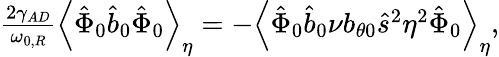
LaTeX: \begin{array}{r}{\frac{2\gamma_{AD}}{\omega_{0,R}}\left\langle\hat{\Phi}_{0}\hat{b}_{0}\hat{\Phi}_{0}\right\rangle_{\eta}=-\left\langle\hat{\Phi}_{0}\hat{b}_{0}\nu b_{\theta 0}\hat{s}^{2}\eta^{2}\hat{\Phi}_{0}\right\rangle_{\eta},}\end{array}